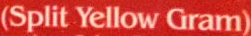
Split Yellow Gram